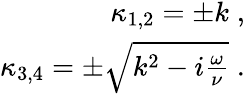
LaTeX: \begin{array}{r}{\kappa_{1,2}=\pm k\; ,}\\ {\kappa_{3,4}=\pm\sqrt{k^{2}-i\frac{\omega}{\nu}}\; .}\end{array}